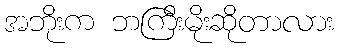
အဘိုးက ဘကြီးမိုးဆိုတာလား